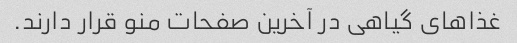
غذاهای گیاهی در آخرین صفحات منو قرار دارند.